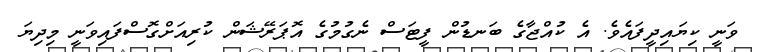
ވަނީ ކިޔައިދީފައެވެ. އެ ކުއްޖާގެ ބަނޑުން ފީޓަސް ނެގުމުގެ އޮޕަރޭޝަން ކުރިއަށްގޮސްފައިވަނީ މިދިޔަ